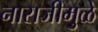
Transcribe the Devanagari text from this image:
नाराजीमुळे